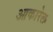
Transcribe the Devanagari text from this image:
आकारेल